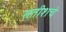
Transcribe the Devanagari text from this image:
सतीशचे